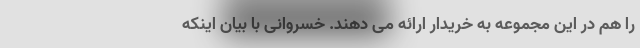
را هم در این مجموعه به خریدار ارائه می دهند. خسروانی با بیان اینکه